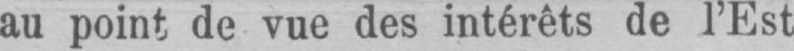
au point de vue des intérêts de l’Est